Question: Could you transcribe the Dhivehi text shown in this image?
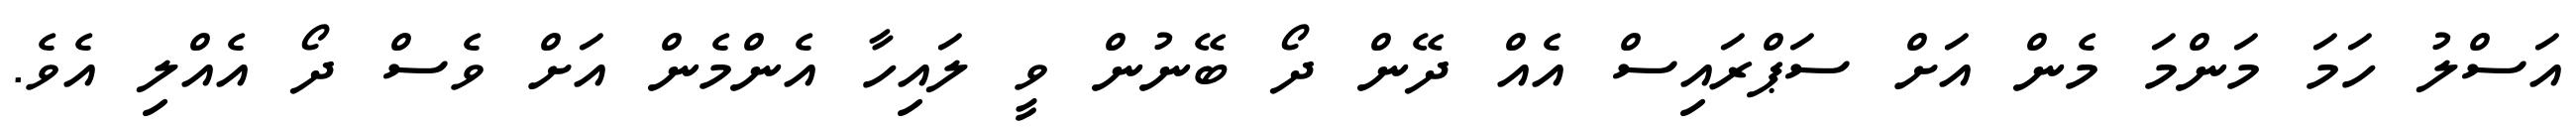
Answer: އަސްލު ހަމަ މަންމަ މެން އަށް ސަޕްރައިސް އެއް ދޭން ދޯ ބޭނުން ވީ ލައިހާ އެންމެން އަށް ވެސް ދޯ އެއްލި އެވެ.